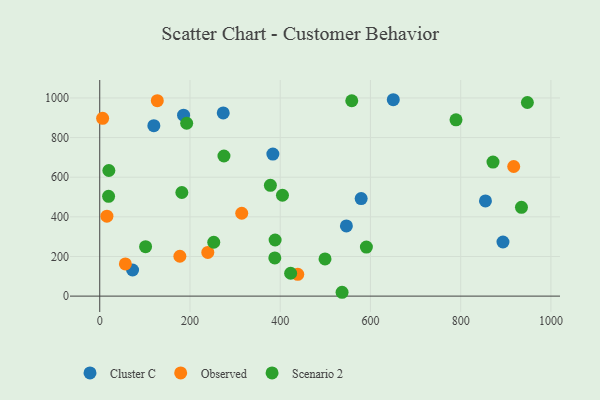
{"axis": {"x": "Experience", "y": "Rating"}, "legend": ["Cluster C", "Observed", "Scenario 2"], "data": [{"x": "383.7", "y": 716.7, "type": "Cluster C"}, {"x": "854.9", "y": 480.6, "type": "Cluster C"}, {"x": "650.6", "y": 991.1, "type": "Cluster C"}, {"x": "72.8", "y": 131.8, "type": "Cluster C"}, {"x": "546.7", "y": 354.4, "type": "Cluster C"}, {"x": "185.8", "y": 913.2, "type": "Cluster C"}, {"x": "119.9", "y": 859.9, "type": "Cluster C"}, {"x": "273.7", "y": 924.5, "type": "Cluster C"}, {"x": "893.7", "y": 273.2, "type": "Cluster C"}, {"x": "579.4", "y": 492.3, "type": "Cluster C"}, {"x": "15.9", "y": 403.5, "type": "Observed"}, {"x": "127.6", "y": 986.3, "type": "Observed"}, {"x": "177.6", "y": 201.3, "type": "Observed"}, {"x": "6.4", "y": 897.1, "type": "Observed"}, {"x": "314.7", "y": 418.3, "type": "Observed"}, {"x": "917.5", "y": 654.1, "type": "Observed"}, {"x": "56.8", "y": 162.5, "type": "Observed"}, {"x": "438.9", "y": 109.9, "type": "Observed"}, {"x": "239.5", "y": 220.3, "type": "Observed"}, {"x": "405.0", "y": 509.1, "type": "Scenario 2"}, {"x": "182.0", "y": 523.0, "type": "Scenario 2"}, {"x": "789.6", "y": 889.9, "type": "Scenario 2"}, {"x": "423.1", "y": 115.3, "type": "Scenario 2"}, {"x": "20.2", "y": 633.9, "type": "Scenario 2"}, {"x": "499.3", "y": 187.8, "type": "Scenario 2"}, {"x": "591.0", "y": 247.3, "type": "Scenario 2"}, {"x": "558.6", "y": 986.0, "type": "Scenario 2"}, {"x": "378.2", "y": 559.3, "type": "Scenario 2"}, {"x": "871.6", "y": 676.4, "type": "Scenario 2"}, {"x": "388.7", "y": 283.2, "type": "Scenario 2"}, {"x": "252.7", "y": 271.8, "type": "Scenario 2"}, {"x": "537.1", "y": 19.4, "type": "Scenario 2"}, {"x": "275.3", "y": 707.2, "type": "Scenario 2"}, {"x": "947.8", "y": 977.1, "type": "Scenario 2"}, {"x": "388.0", "y": 192.9, "type": "Scenario 2"}, {"x": "192.7", "y": 872.5, "type": "Scenario 2"}, {"x": "934.7", "y": 448.3, "type": "Scenario 2"}, {"x": "101.6", "y": 249.3, "type": "Scenario 2"}, {"x": "19.6", "y": 503.8, "type": "Scenario 2"}]}